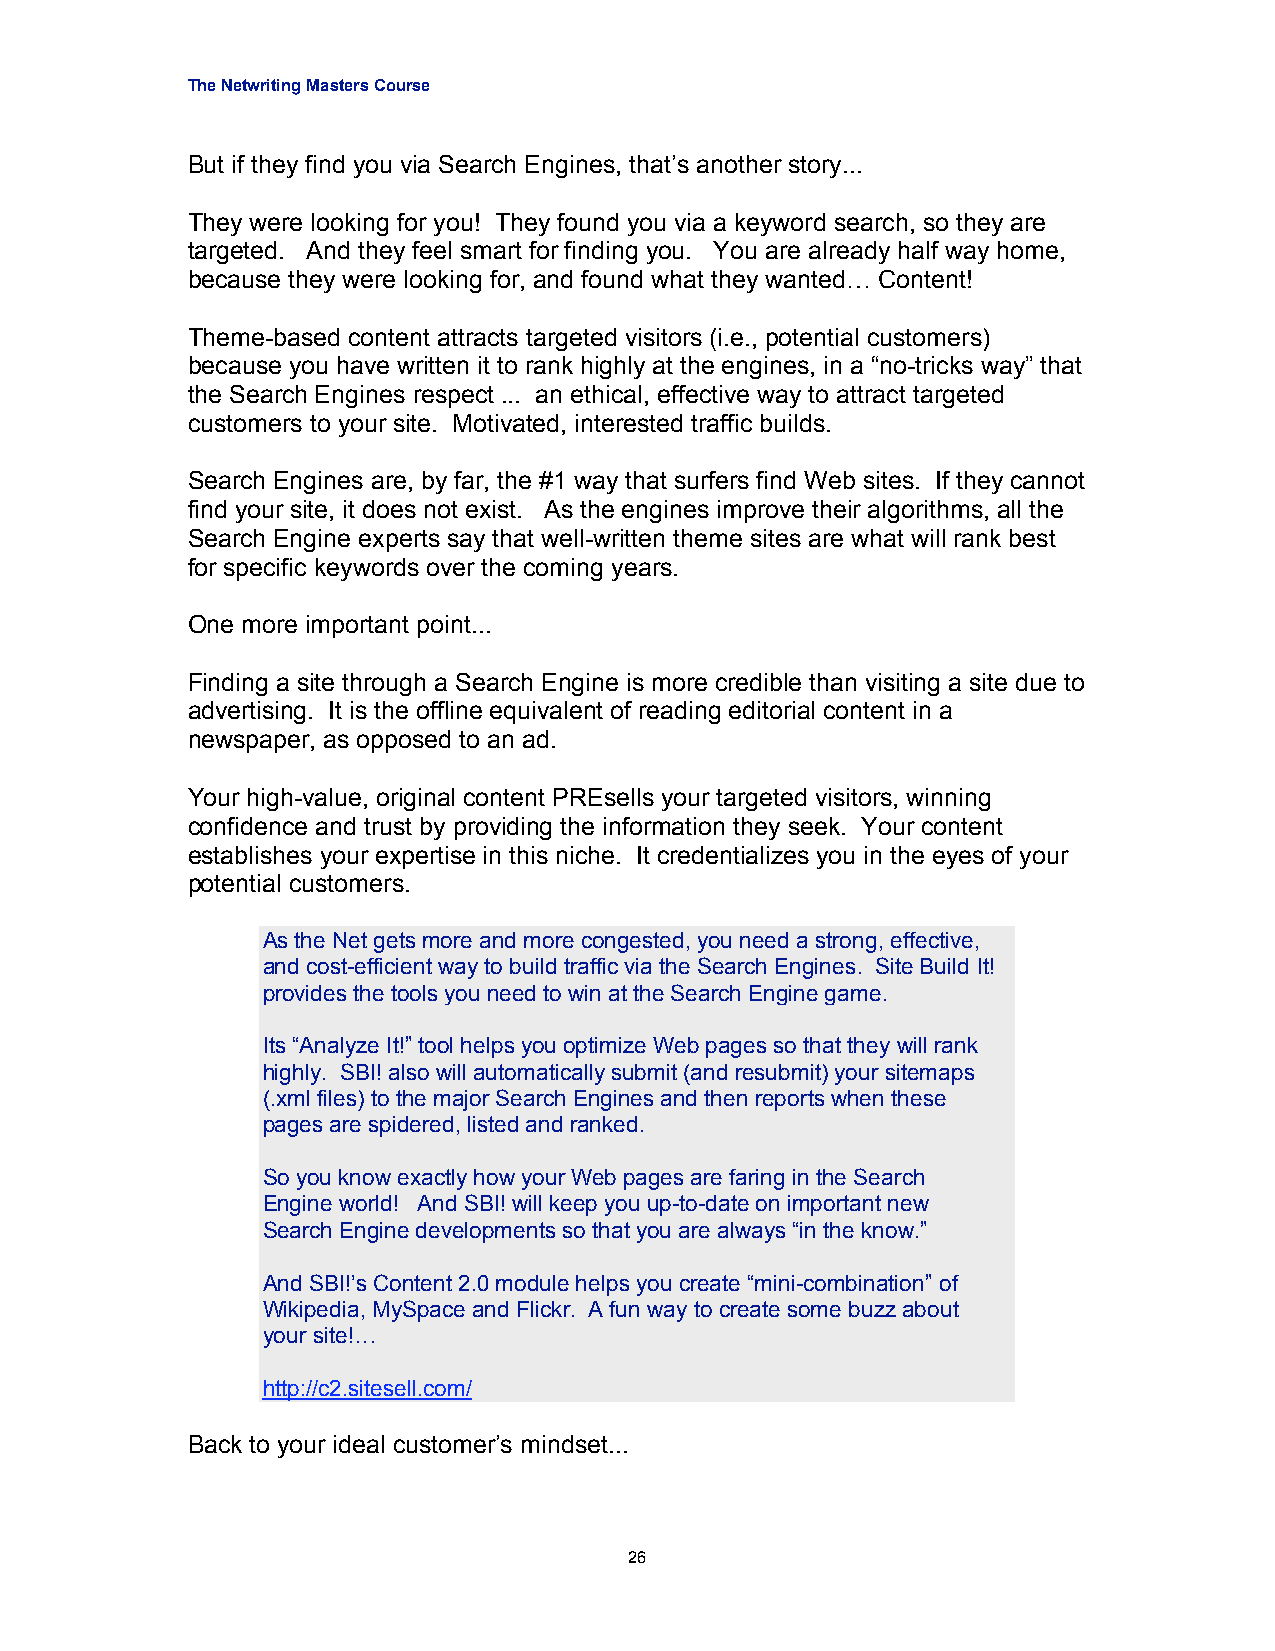
The Netwriting Masters Course
 But if they find you via Search Engines, that’s another story...
 They were looking for you! They found you via a keyword search, so they are
 targeted. And they feel smart for finding you. You are already half way home,
 because they were looking for, and found what they wanted… Content!
 Theme-based content attracts targeted visitors (i.e., potential customers)
 because you have written it to rank highly at the engines, in a “no-tricks way” that
 the Search Engines respect ... an ethical, effective way to attract targeted
 customers to your site. Motivated, interested traffic builds.
 Search Engines are, by far, the #1 way that surfers find Web sites. If they cannot
 find your site, it does not exist. As the engines improve their algorithms, all the
 Search Engine experts say that well-written theme sites are what will rank best
 for specific keywords over the coming years.
 One more important point...
 Finding a site through a Search Engine is more credible than visiting a site due to
 advertising. It is the offline equivalent of reading editorial content in a
 newspaper, as opposed to an ad.
 Your high-value, original content PREsells your targeted visitors, winning
 confidence and trust by providing the information they seek. Your content
 establishes your expertise in this niche. It credentializes you in the eyes of your
 potential customers.
 As the Net gets more and more congested, you need a strong, effective,
 and cost-efficient way to build traffic via the Search Engines. Site Build It!
 provides the tools you need to win at the Search Engine game.
 Its “Analyze It!” tool helps you optimize Web pages so that they will rank
 highly. SBI! also will automatically submit (and resubmit) your sitemaps
 (.xml files) to the major Search Engines and then reports when these
 pages are spidered, listed and ranked.
 So you know exactly how your Web pages are faring in the Search
 Engine world! And SBI! will keep you up-to-date on important new
 Search Engine developments so that you are always “in the know.”
 And SBI!’s Content 2.0 module helps you create “mini-combination” of
 Wikipedia, MySpace and Flickr. A fun way to create some buzz about
 your site!…
 http://c2.sitesell.com/
 Back to your ideal customer’s mindset...
 26